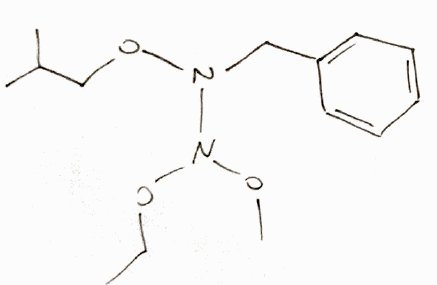
Simplified molecular-input line-entry system (SMILES) notation of the given molecule:
CCON(N(CC1=CC=CC=C1)OCC(C)C)OC